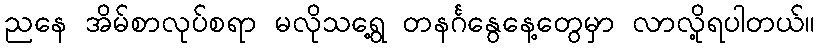
ညနေ အိမ်စာလုပ်စရာ မလိုသရွေ့ တနင်္ဂနွေနေ့တွေမှာ လာလို့ရပါတယ်။